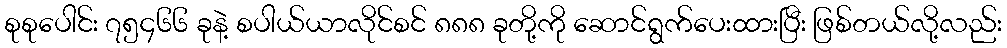
စုစုပေါင်း ၇၅၄၆၆ ခုနဲ့ စပါယ်ယာလိုင်စင် ၈၈၈ ခုတို့ကို ဆောင်ရွက်ပေးထားပြီး ဖြစ်တယ်လို့လည်း